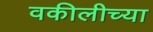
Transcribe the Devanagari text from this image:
वकीलीच्या